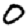
Digit: 0